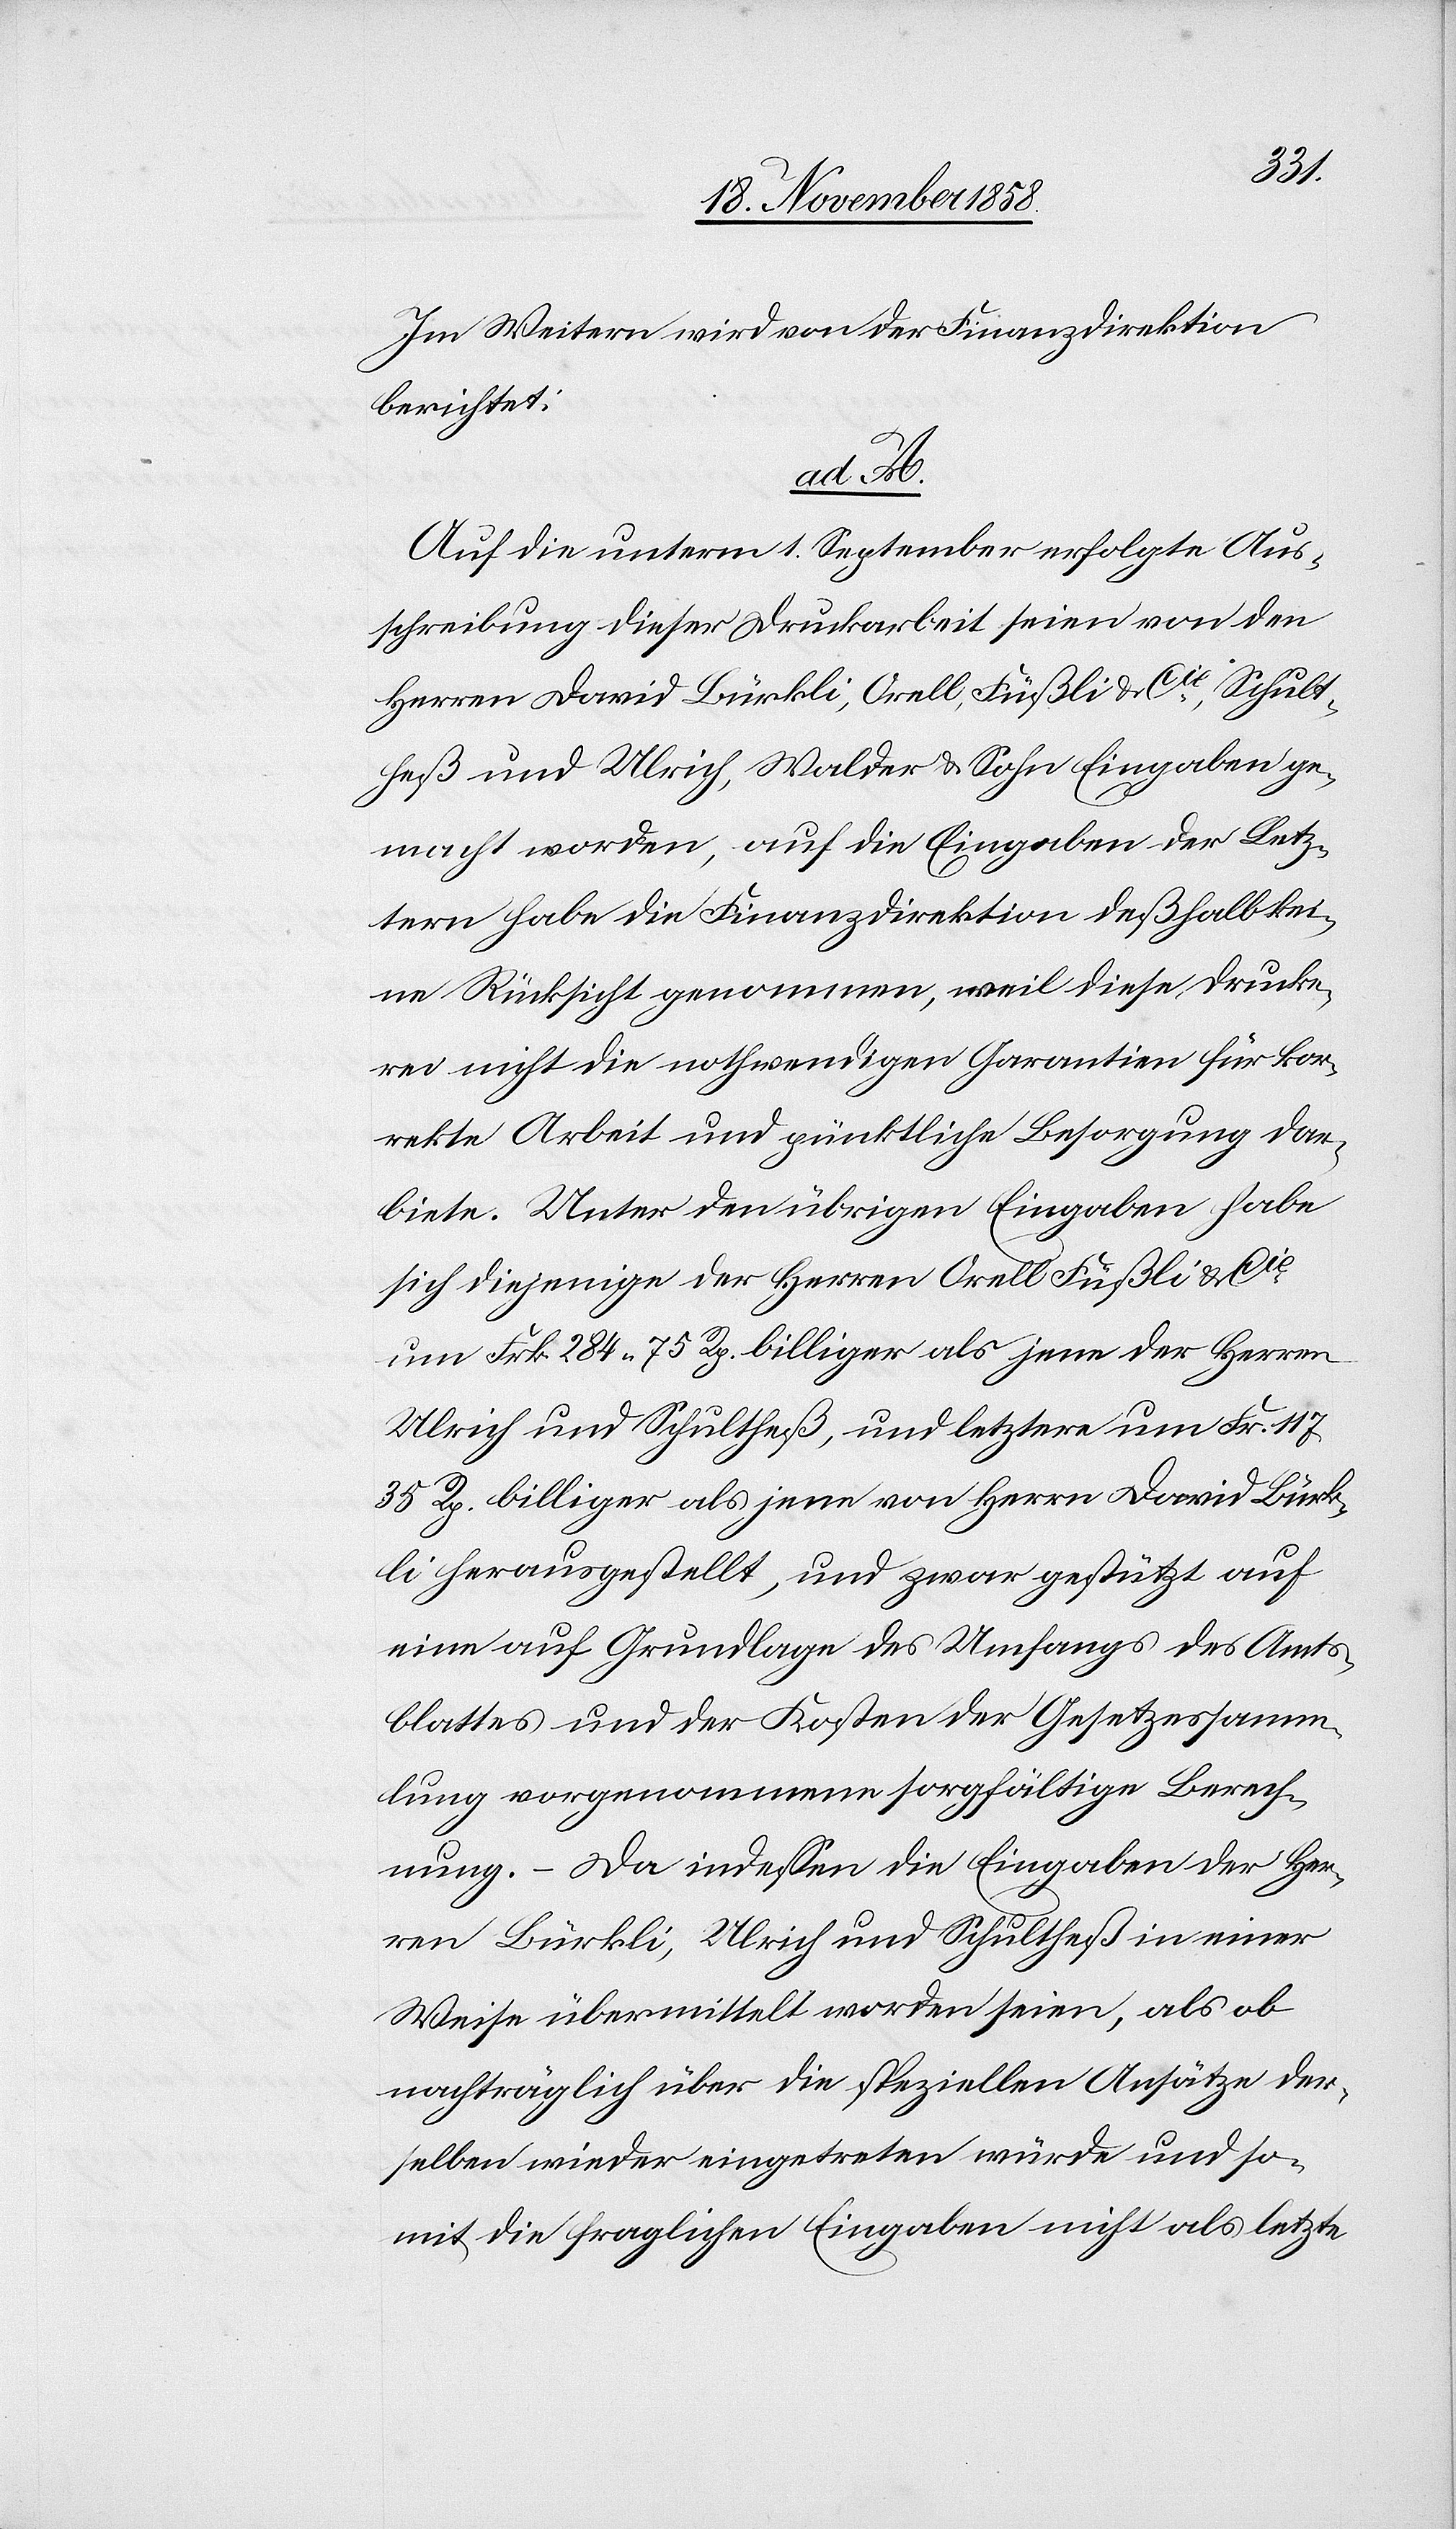
Im Weitern wird von der Finanzdirektion
berichtet:
ad A.
Auf die unterm 1. September erfolgte Aus¬
schreibung dieser Druckarbeit seien von den
Herren David Bürkli, Orell, Füßli & Cie, Schult¬
heß und Ulrich, Walder & Sohn Eingaben ge¬
macht worden, auf die Eingaben der Letz¬
tern habe die Finanzdirektion deßhalb kei¬
ne Rücksicht genommen, weil diese Drucke¬
rei nicht die nothwendigen Garantien für kor¬
rekte Arbeit und pünktliche Besorgung dar¬
biete. Unter den übrigen Eingaben habe
sich diejenige der Herren Orell Füßli & Cie
um Frk. 284 75 Rp. billiger als jene der Herren
Ulrich und Schultheß, und letztere um Frk. 117
35 Rp. billiger als jene von Herrn David Bürk¬
li herausgestellt, und zwar gestützt auf
eine auf Grundlage des Umfangs des Amts¬
blattes und der Kosten der Gesetzessamm¬
lung vorgenommene sorgfältige Berech¬
nung. – Da indessen die Eingaben der Her¬
ren Bürkli, Ulrich und Schultheß in einer
Weise übermittelt worden seien, als ob
nachträglich über die speziellen Ansätze der¬
selben wieder eingetreten würde und so¬
mit die fraglichen Eingaben nicht als letzte